Report of the Hyderabad Chloroform Commission
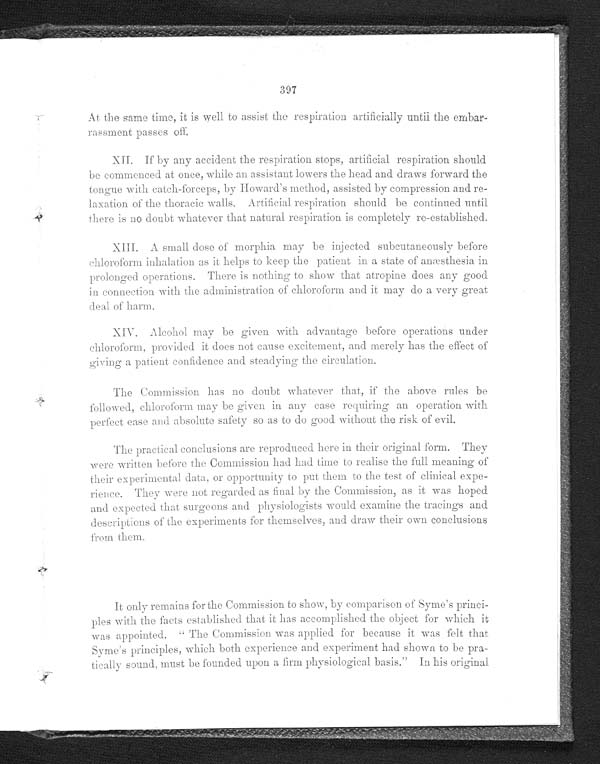
397
At the same time, it is well to assist the respiration artificially untiì the embar-
rassment passes off.
XII. If by any accident the respiration stops, artificial respiration should
be commenced at once, while an assistant lowers the head and draws forward the
tongue with catch-forceps, by IIoward ' s method, assisted by compression and re-
laxation of the thoracic walls. Artificial respiration should be continued until
there is no doubt whatever that natural respiration is completely re-established.
XIII. A small dose of morphia may be injected subcutaneously before
chloroform inhalation as it helps to keep the patient in a state of anæsthesia in
prolonged operations. There is nothing to show that atropine does any good
in connection with the administration of chloroform and may do a very great
deal of harm.
X I V . A l c o h o l m a y b e g i v e n w i t h a d v a n t a g e b e f o r eo
p e r a t i o n s U n d e r
c h l o r o f o r m , p r o v i d e d i t d o e s n o t c a u s e e x e i t e m e n t , a n d m e r e l y h a s t h e e f f e c t o f
giving a patient confidence and steadying the circulation.
The Commission has no doubt whatever that, if the above rules be
followed, chloroform may be given in any case requiring an operation with
perfect ease and absolute safety so as to do good without the risk of evil.
The practical conclusions are reproduced here in their original form. They
were written before the Commission had had time to realise the full meaning of
their experimental data or opportitnity tO put them to tie test of clinical
expe-rience. They were not regarded as final by the Commission, as it was hoped
and expected that surgeons and physiologists would examine the tracings and
deseriptions of the experiments for themselves, and draw their own conclusions
from them.
It only remains for the Commission to show, by comparison o f S y m e ' s p r i n c i -
ples with the facts established that it has accomplished the object for which it
was appointed. " The Commission was applied for because it was felt that
Syme's principles, which both experience and experiment had shown to be
pra-tieally sound must be founded upon a firm physiological basis." In his original